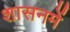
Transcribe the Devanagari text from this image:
शासनमें